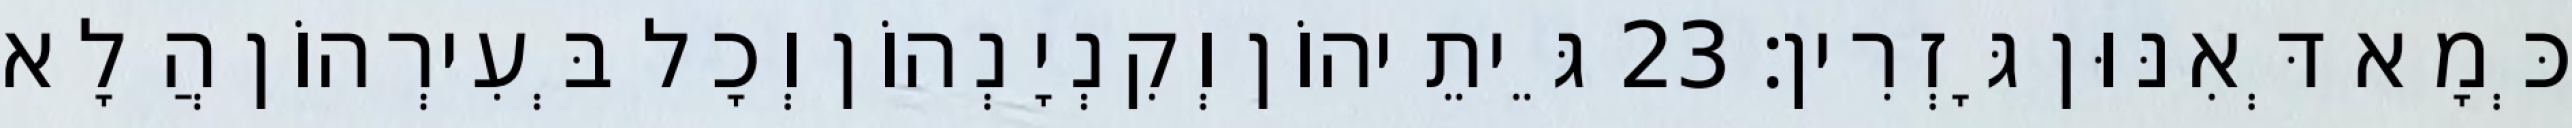
כְּמָא דְּאִנּוּן גָּזְרִין׃ 23 גֵּיתֵיהוֹן וְקִנְיָנְהוֹן וְכָל בְּעִירְהוֹן הֲלָא